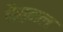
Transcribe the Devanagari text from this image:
नैस़नल